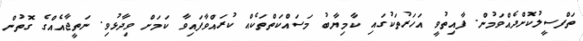
ތަފްސީލުކޮށްދެއްވަމުން. ފާއިތުވީ އަހަރުތަކުގައި ކާމިޔާބު މަސައްކަތްތަކެއް ކުރައްވާފައިވާ ކަމަށް ވިދާޅުވި. ނަތީޖާއެއްގެ ގޮތުން